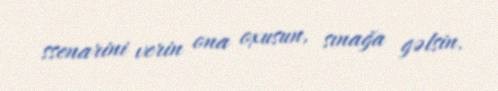
ssenarini verin ona oxusun, sınağa gəlsin.